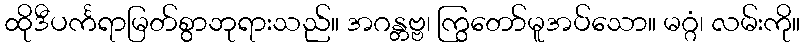
ထိုဒီပင်္ကရာမြတ်စွာဘုရားသည်။ အဂန္တဗ္ဗ၊ ကြွတော်မူအပ်သော။ မဂ္ဂံ၊ လမ်းကို။